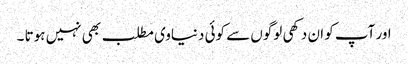
اور آپ کو ان دکھی لوگوں سے کوئی دنیاوی مطلب بھی نہیں ہوتا ۔